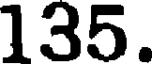
135.